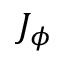
J _ { \phi }